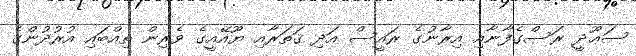
ސަޢޫދީ ރަސްގެފާނާއި އިރާނުގެ ރައީސް އަދި ޤަތަރާއި ޔޫއޭއީގެ ވެރިން ތިއްބައި އުރުދުންގެ